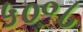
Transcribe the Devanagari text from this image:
५०॰८